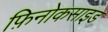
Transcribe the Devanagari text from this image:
फ़िनोकसाइड